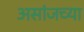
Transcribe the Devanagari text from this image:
असांजच्या